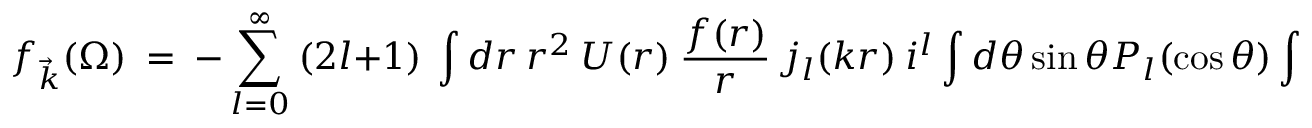
f _ { \vec { k } } ( \Omega ) ~ = ~ - \sum _ { l = 0 } ^ { \infty } ~ ( 2 l + 1 ) ~ \int d r ~ r ^ { 2 } ~ U ( r ) ~ \frac { f ( r ) } { r } ~ j _ { l } ( k r ) ~ i ^ { l } \int d \theta \sin \theta P _ { l } ( \cos \theta ) \int d \phi ~ Y _ { l m } ( \theta , \phi ) ~ ,